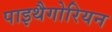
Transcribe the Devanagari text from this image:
पाइथैगोरियन